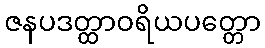
ဇနပဒတ္ထာဝရိယပတ္တော